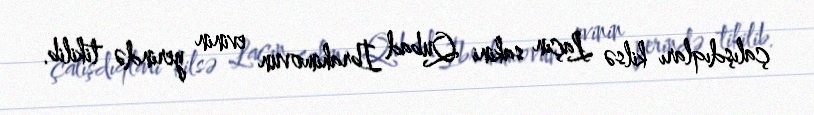
çalışdıqları kilsə Laçın sakini Qubad İbrahimovun evinin yerində tikilib.